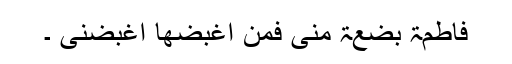
فاطمۃ بضعۃ منی فمن اغبضھا اغبضنی ۔